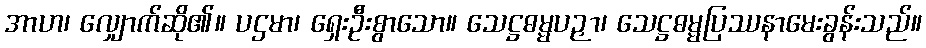
အာဟ၊ လျှောက်ဆို၏။ ပဌမာ၊ ရှေးဦးစွာသော။ သေဋ္ဌဓမ္မပဉှာ၊ သေဋ္ဌဓမ္မပြဿနာမေးခွန်းသည်။